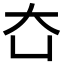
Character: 㚎